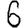
Digit: 6